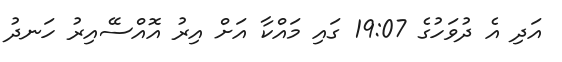
އަދި އެ ދުވަހުގެ 19:07 ގައި މައްކާ އަށް އިރު އޮއްސޭއިރު ހަނދު